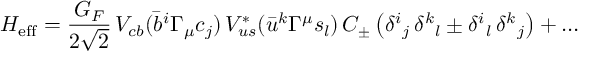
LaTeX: { \cal H } _ { \mathrm { e f f } } = \frac { G _ { F } } { 2 \sqrt { 2 } } \, V _ { c b } ( \bar { b } ^ { i } \Gamma _ { \mu } c _ { j } ) \, V _ { u s } ^ { * } ( \bar { u } ^ { k } \Gamma ^ { \mu } s _ { l } ) \, C _ { \pm } \left( { \delta ^ { i } } _ { j } \, { \delta ^ { k } } _ { l } \pm { \delta ^ { i } } _ { l } \, { \delta ^ { k } } _ { j } \right) + \ldots